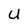
Character: U